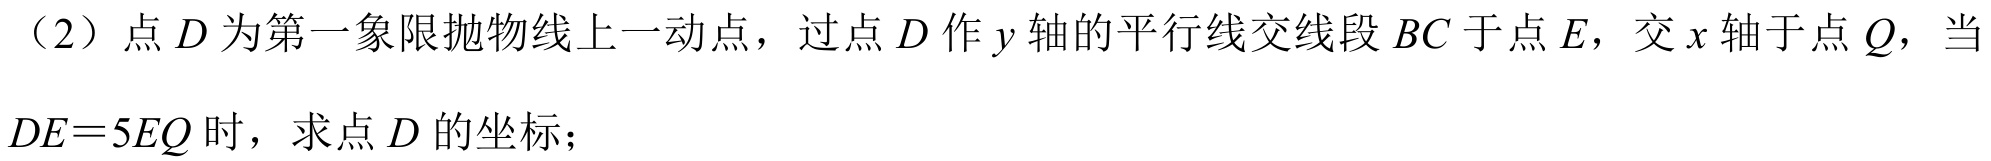
（2）点$D$为第一象限抛物线上一动点，过点$D$作$y$轴的平行线交线段$BC$于点$E$，交$x$轴于点$Q$，当$DE = 5EQ$时，求点$D$的坐标；